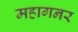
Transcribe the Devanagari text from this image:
महागनर